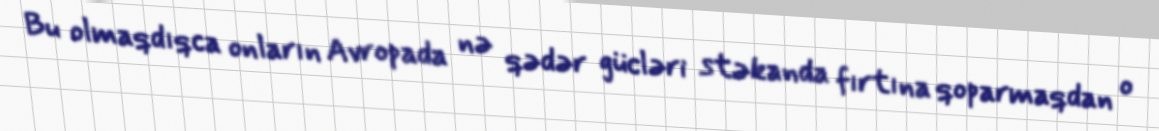
Bu olmaqdıqca onların Avropada nə qədər gücləri stəkanda fırtına qoparmaqdan o